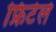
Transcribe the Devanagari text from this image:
फ्रिटेले